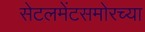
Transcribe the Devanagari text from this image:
सेटलमेंटसमोरच्या